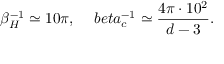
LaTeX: \beta _ { H } ^ { - 1 } \simeq 1 0 \pi , \ \ \ \, b e t a _ { c } ^ { - 1 } \simeq \frac { 4 \pi \cdot 1 0 ^ { 2 } } { d - 3 } .